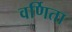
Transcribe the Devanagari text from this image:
वर्णिता